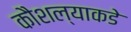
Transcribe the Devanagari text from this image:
कौशल्याकडे